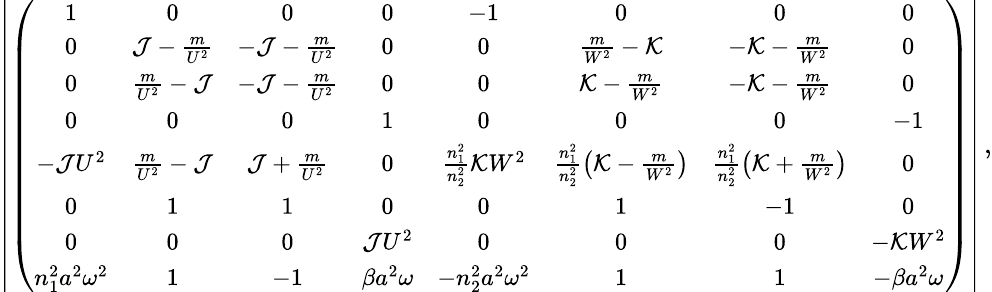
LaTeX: \left|\left({\small\begin{array}{cccccccc}{1}&{0}&{0}&{0}&{-1}&{0}&{0}&{0}\\ {0}&{\mathcal{J}-\frac{m}{U^{2}}}&{-\mathcal{J}-\frac{m}{U^{2}}}&{0}&{0}&{\frac{m}{W^{2}}-\mathcal{K}}&{-\mathcal{K}-\frac{m}{W^{2}}}&{0}\\ {0}&{\frac{m}{U^{2}}-\mathcal{J}}&{-\mathcal{J}-\frac{m}{U^{2}}}&{0}&{0}&{\mathcal{K}-\frac{m}{W^{2}}}&{-\mathcal{K}-\frac{m}{W^{2}}}&{0}\\ {0}&{0}&{0}&{1}&{0}&{0}&{0}&{-1}\\ {-\mathcal{J}U^{2}}&{\frac{m}{U^{2}}-\mathcal{J}}&{\mathcal{J}+\frac{m}{U^{2}}}&{0}&{\frac{n_{1}^{2}}{n_{2}^{2}}\mathcal{K}W^{2}}&{\frac{n_{1}^{2}}{n_{2}^{2}}\left(\mathcal{K}-\frac{m}{W^{2}}\right)}&{\frac{n_{1}^{2}}{n_{2}^{2}}\left(\mathcal{K}+\frac{m}{W^{2}}\right)}&{0}\\ {0}&{1}&{1}&{0}&{0}&{1}&{-1}&{0}\\ {0}&{0}&{0}&{\mathcal{J}U^{2}}&{0}&{0}&{0}&{-\mathcal{K}W^{2}}\\ {n_{1}^{2}a^{2}\omega^{2}}&{1}&{-1}&{\beta a^{2}\omega}&{-n_{2}^{2}a^{2}\omega^{2}}&{1}&{1}&{-\beta a^{2}\omega}\end{array}}\right)\right|\, ,